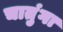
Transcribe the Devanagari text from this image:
चातुंगा